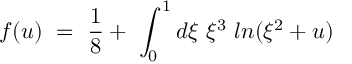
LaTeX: f ( u ) \ = \ \frac { 1 } { 8 } + \ \int _ { 0 } ^ { 1 } d \xi \ \xi ^ { 3 } \ l n ( \xi ^ { 2 } + u )